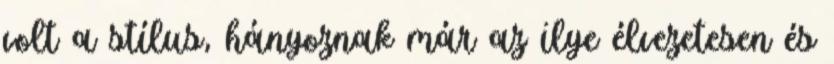
volt a stílus, hányoznak már az ilye élvezetesen és